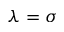
\lambda = \sigma